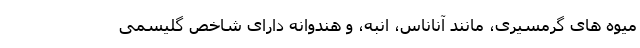
میوه های گرمسیری، مانند آناناس، انبه، و هندوانه دارای شاخص گلیسمی